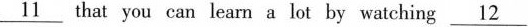
\underline{11} hat you can learn a lot by watching \underline{12}